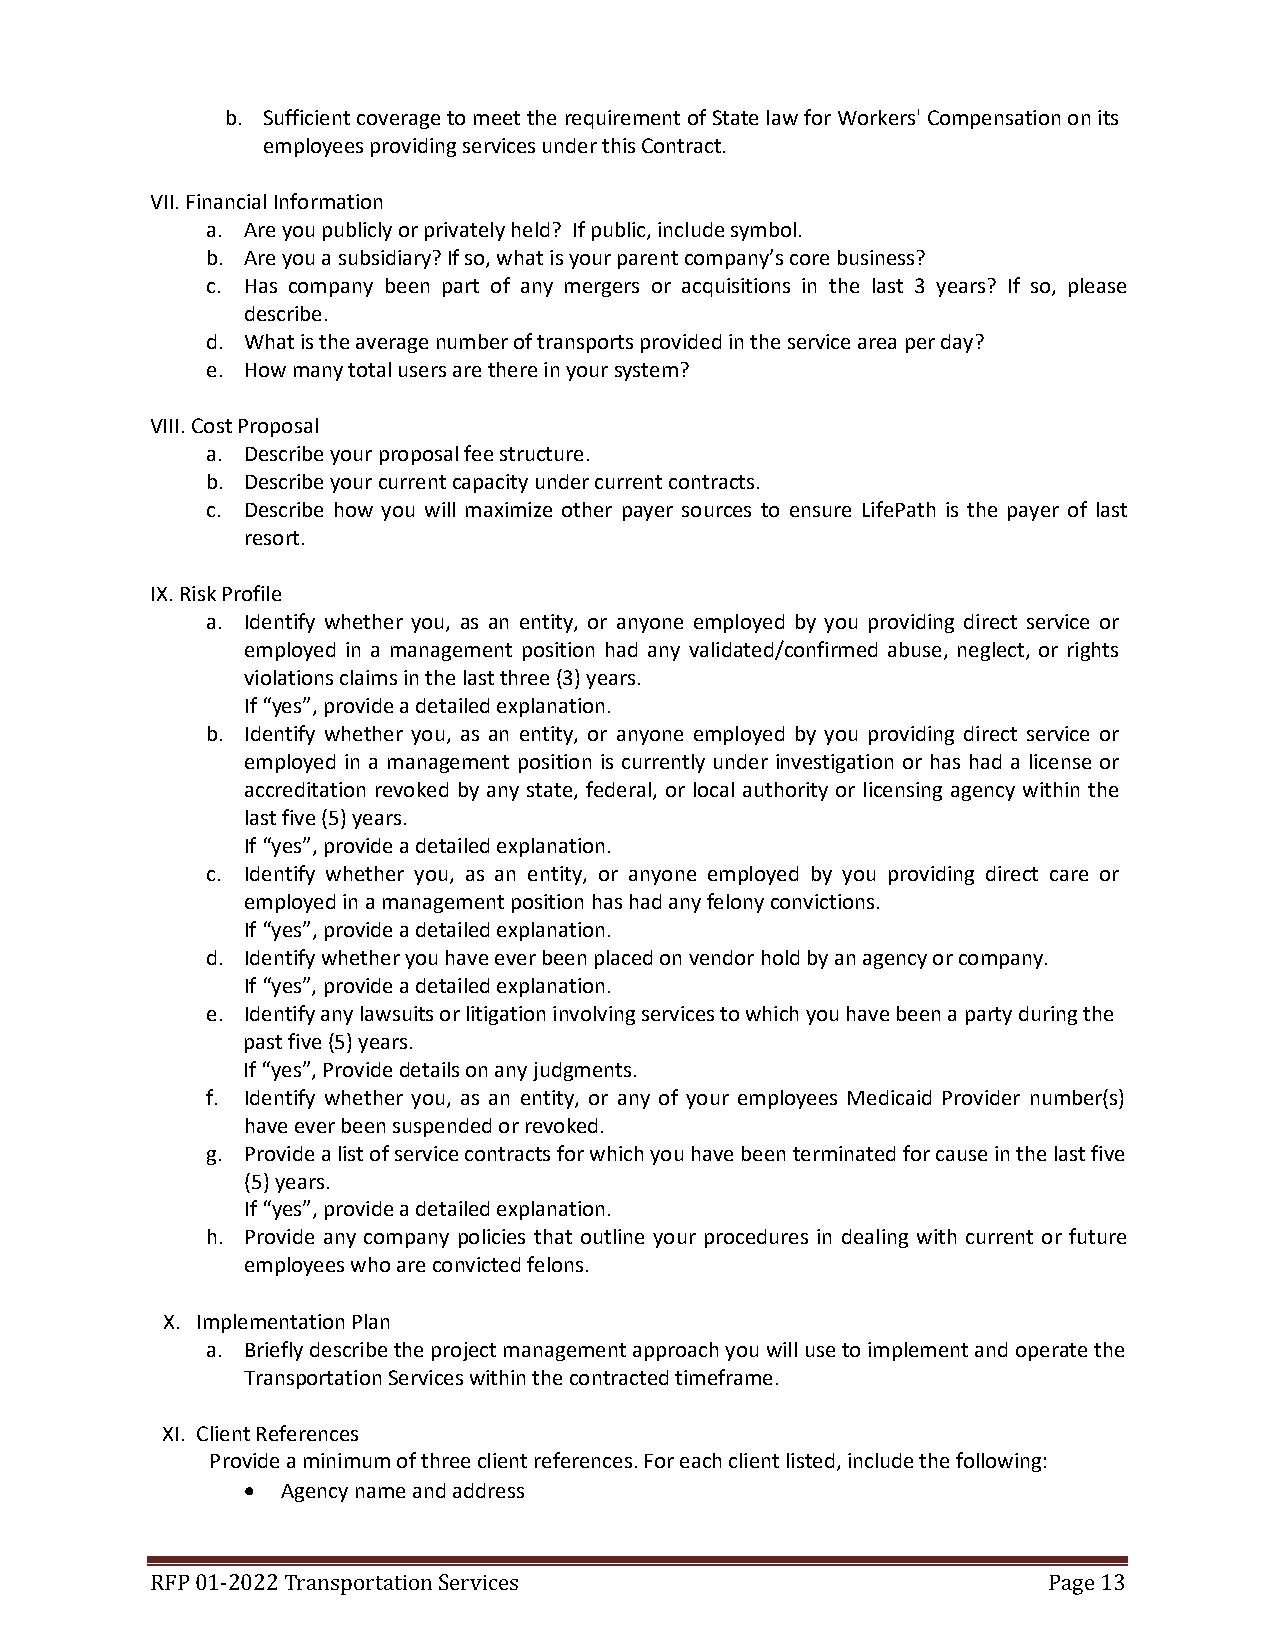
b. Sufficient coverage to meet the requirement of State law for Workers' Compensation on its
 employees providing services under this Contract.
 VII. Financial Information
 a. Are you publicly or privately held? If public, include symbol.
 b. Are you a subsidiary? If so, what is your parent company’s core business?
 c. Has company been part of any mergers or acquisitions in the last 3 years? If so, please
 describe.
 d. What is the average number of transports provided in the service area per day?
 e. How many total users are there in your system?
 VIII. Cost Proposal
 a. Describe your proposal fee structure.
 b. Describe your current capacity under current contracts.
 c. Describe how you will maximize other payer sources to ensure LifePath is the payer of last
 resort.
 IX. Risk Profile
 a. Identify whether you, as an entity, or anyone employed by you providing direct service or
 employed in a management position had any validated/confirmed abuse, neglect, or rights
 violations claims in the last three (3) years.
 If “yes”, provide a detailed explanation.
 b. Identify whether you, as an entity, or anyone employed by you providing direct service or
 employed in a management position is currently under investigation or has had a license or
 accreditation revoked by any state, federal, or local authority or licensing agency within the
 last five (5) years.
 If “yes”, provide a detailed explanation.
 c. Identify whether you, as an entity, or anyone employed by you providing direct care or
 employed in a management position has had any felony convictions.
 If “yes”, provide a detailed explanation.
 d. Identify whether you have ever been placed on vendor hold by an agency or company.
 If “yes”, provide a detailed explanation.
 e. Identify any lawsuits or litigation involving services to which you have been a party during the
 past five (5) years.
 If “yes”, Provide details on any judgments.
 f. Identify whether you, as an entity, or any of your employees Medicaid Provider number(s)
 have ever been suspended or revoked.
 g. Provide a list of service contracts for which you have been terminated for cause in the last five
 (5) years.
 If “yes”, provide a detailed explanation.
 h. Provide any company policies that outline your procedures in dealing with current or future
 employees who are convicted felons.
 X. Implementation Plan
 a. Briefly describe the project management approach you will use to implement and operate the
 Transportation Services within the contracted timeframe.
 XI. Client References
 Provide a minimum of three client references. For each client listed, include the following:
 •  Agency name and address
 RFP 01-2022 Transportation Services                        Page 13